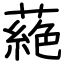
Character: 蕝